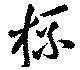
杯